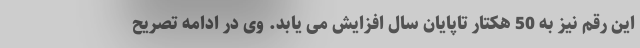
این رقم نیز به 50 هکتار تاپایان سال افزایش می یابد. وی در ادامه تصریح